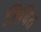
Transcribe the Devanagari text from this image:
जिबित